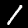
Digit: 1